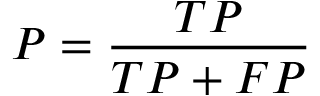
P = \frac { T P } { T P + F P }